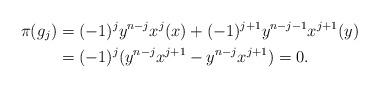
LaTeX: \begin{align*} \pi(g_j) &= (-1)^j y^{n-j}x^j (x) + (-1)^{j+1}y^{n-j-1}x^{j+1} (y)\\ &= (-1)^j(y^{n-j}x^{j+1}-y^{n-j}x^{j+1})=0.\end{align*}